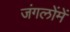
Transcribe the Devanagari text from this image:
जंगलोंमें